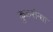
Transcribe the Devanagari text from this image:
कुकरौन्धा